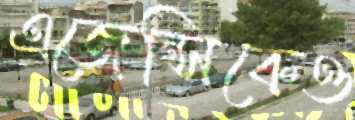
এজেন্সিকেও